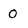
Character: O